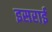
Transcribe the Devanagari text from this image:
इसराई